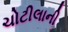
ચોટીલાની